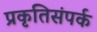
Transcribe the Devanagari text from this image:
प्रकृतिसंपर्क